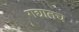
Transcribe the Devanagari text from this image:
गद्यातच